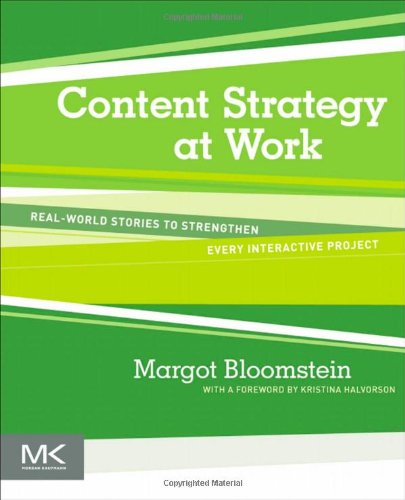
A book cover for Content Strategy at Work: Real-world Stories to Strengthen Every Interactive Project; Margot Bloomstein; Computers & Technology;